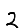
Digit: 2